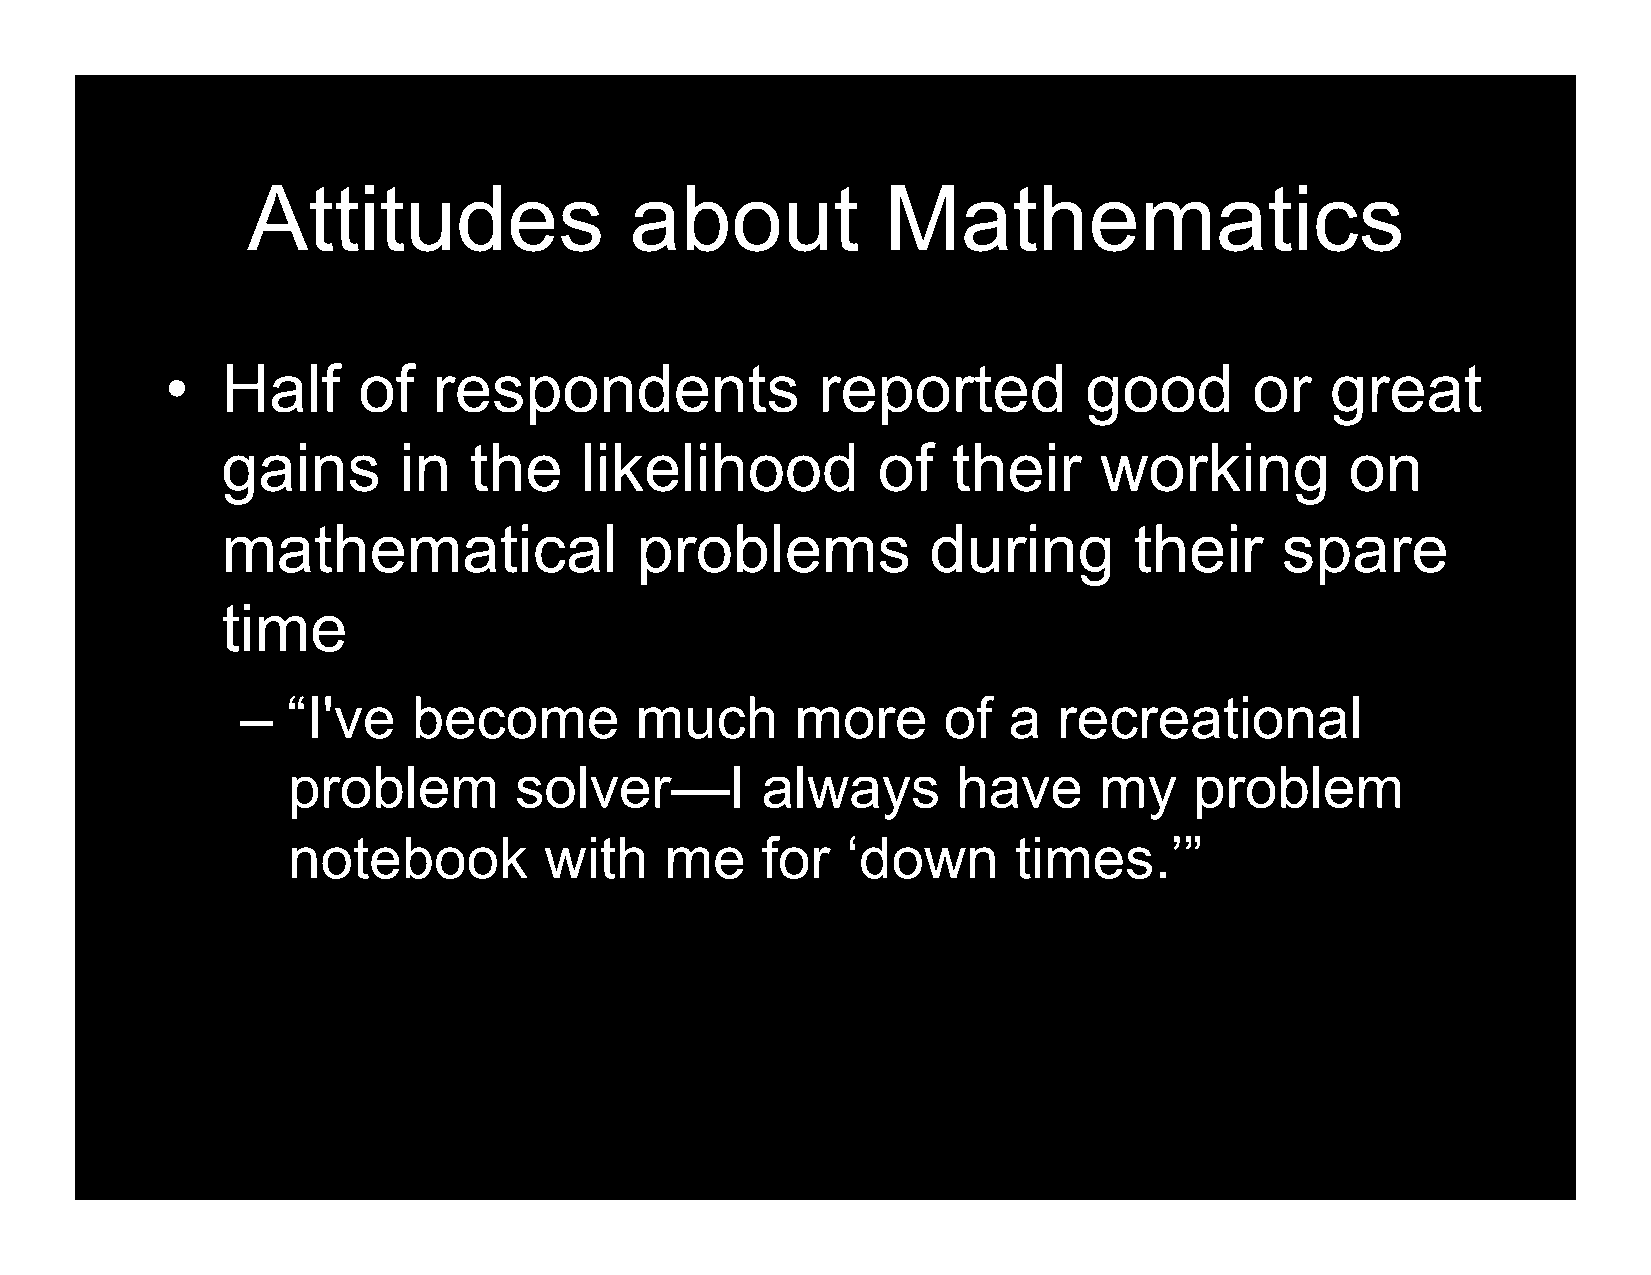
Attitudes                 about            Mathematics
 •   Half     of   respondents              reported          good       or   great
 gains      in   the    likelihood          of   their     working         on
 mathematical               problems            during       their     spare
 time
 –  “I've   become         much       more     of   a  recreational
 problem        solver—I        always       have      my    problem
 notebook         with    me    for   ‘down      times.’”